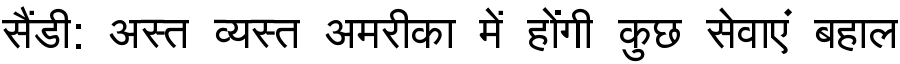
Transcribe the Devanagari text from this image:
सैंडी: अस्त व्यस्त अमरीका में होंगी कुछ सेवाएं बहाल